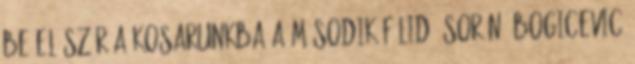
be először a kosarunkba a második félidő során. Bogicevic